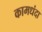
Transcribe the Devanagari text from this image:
कामधंदा